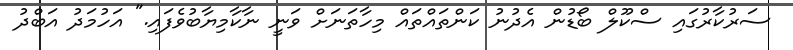
ސަރުކާރުގައި ސްކޫލް ބޯޑުން އެދުނު ކަންތައްތައް މިހާތަނަށް ވަނީ ނާކާމިޔާބުވެފައި." އަހުމަދު އަބްދު